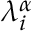
\lambda _ { i } ^ { \alpha }